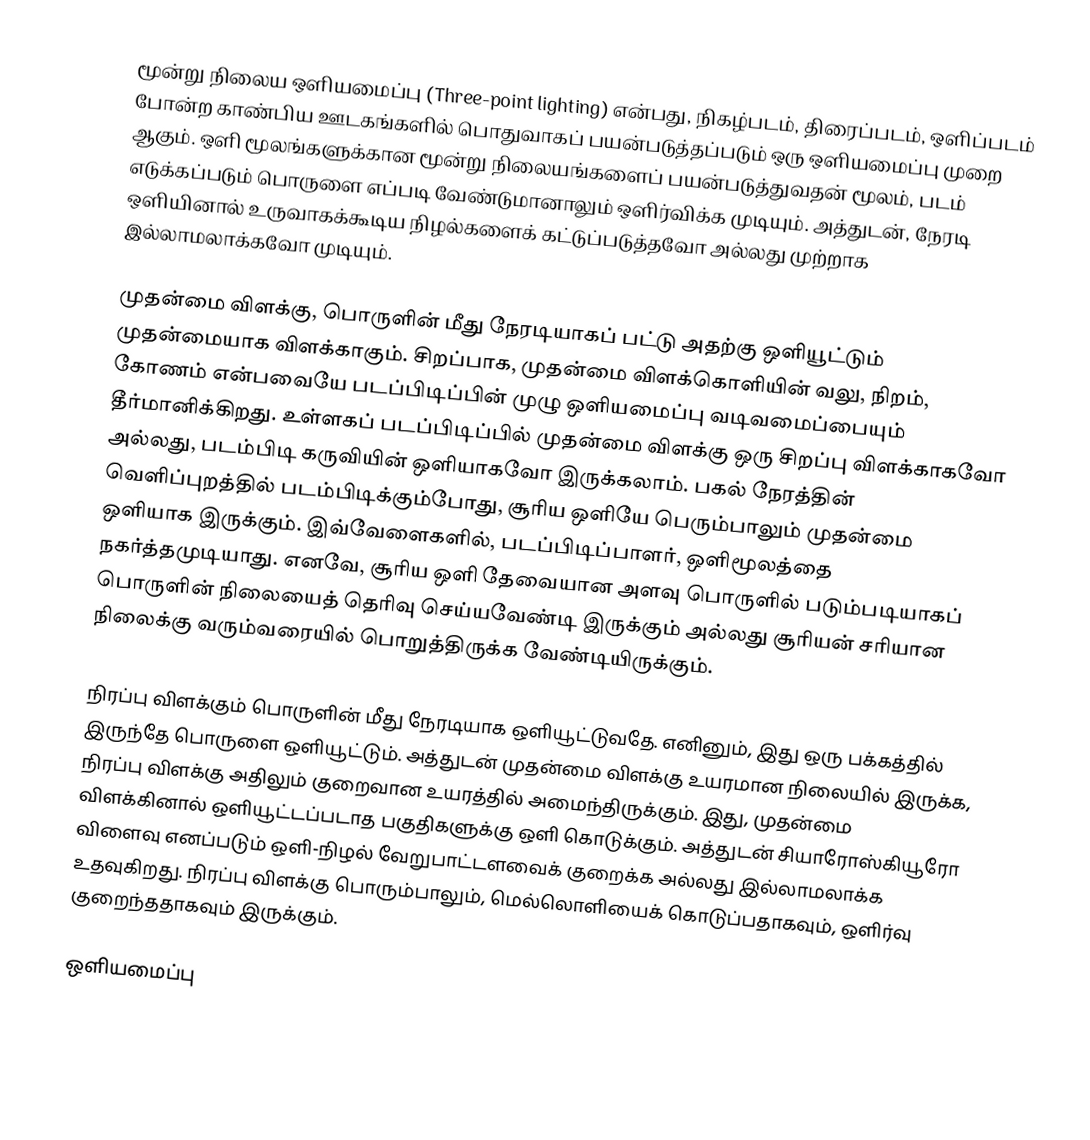
மூன்று நிலைய ஒளியமைப்பு (Three-point lighting) என்பது, நிகழ்படம், திரைப்படம், ஒளிப்படம் போன்ற காண்பிய ஊடகங்களில் பொதுவாகப் பயன்படுத்தப்படும் ஒரு ஒளியமைப்பு முறை ஆகும். ஒளி மூலங்களுக்கான மூன்று நிலையங்களைப் பயன்படுத்துவதன் மூலம், படம் எடுக்கப்படும் பொருளை எப்படி வேண்டுமானாலும் ஒளிர்விக்க முடியும். அத்துடன், நேரடி ஒளியினால் உருவாகக்கூடிய நிழல்களைக் கட்டுப்படுத்தவோ அல்லது முற்றாக இல்லாமலாக்கவோ முடியும்.

முதன்மை விளக்கு, பொருளின் மீது நேரடியாகப் பட்டு அதற்கு ஒளியூட்டும் முதன்மையாக விளக்காகும். சிறப்பாக, முதன்மை விளக்கொளியின் வலு, நிறம், கோணம் என்பவையே படப்பிடிப்பின் முழு ஒளியமைப்பு வடிவமைப்பையும் தீர்மானிக்கிறது. உள்ளகப் படப்பிடிப்பில் முதன்மை விளக்கு ஒரு சிறப்பு விளக்காகவோ அல்லது, படம்பிடி கருவியின் ஒளியாகவோ இருக்கலாம். பகல் நேரத்தின் வெளிப்புறத்தில் படம்பிடிக்கும்போது, சூரிய ஒளியே பெரும்பாலும் முதன்மை ஒளியாக இருக்கும். இவ்வேளைகளில், படப்பிடிப்பாளர், ஒளிமூலத்தை நகர்த்தமுடியாது. எனவே, சூரிய ஒளி தேவையான அளவு பொருளில் படும்படியாகப் பொருளின் நிலையைத் தெரிவு செய்யவேண்டி இருக்கும் அல்லது சூரியன் சரியான நிலைக்கு வரும்வரையில் பொறுத்திருக்க வேண்டியிருக்கும்.

நிரப்பு விளக்கும் பொருளின் மீது நேரடியாக ஒளியூட்டுவதே. எனினும், இது ஒரு பக்கத்தில் இருந்தே பொருளை ஒளியூட்டும். அத்துடன் முதன்மை விளக்கு உயரமான நிலையில் இருக்க, நிரப்பு விளக்கு அதிலும் குறைவான உயரத்தில் அமைந்திருக்கும். இது, முதன்மை விளக்கினால் ஒளியூட்டப்படாத பகுதிகளுக்கு ஒளி கொடுக்கும். அத்துடன் சியாரோஸ்கியூரோ விளைவு எனப்படும் ஒளி-நிழல் வேறுபாட்டளவைக் குறைக்க அல்லது இல்லாமலாக்க உதவுகிறது. நிரப்பு விளக்கு பொரும்பாலும், மெல்லொளியைக் கொடுப்பதாகவும், ஒளிர்வு குறைந்ததாகவும் இருக்கும்.

ஒளியமைப்பு